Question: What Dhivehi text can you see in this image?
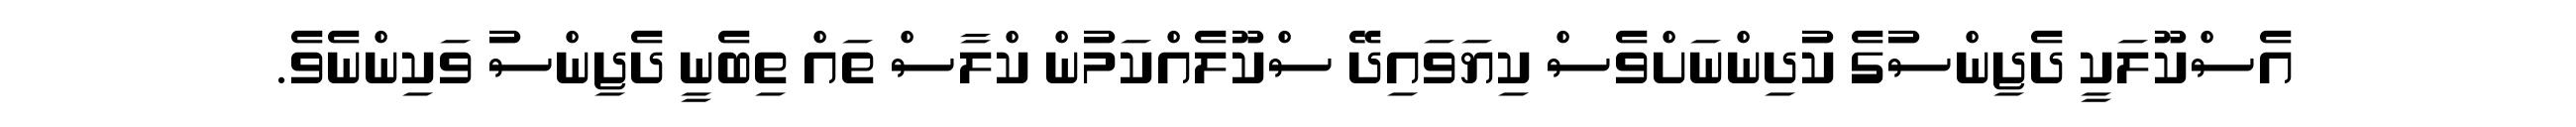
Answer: އެސްކޫލަކީ ދެޖިންސުގެ ކުދިންނަށްވެސް ކިޔަވައިދޭ ސްކޫލެއްކަމުން ކްލާސް ތައް ތިބެނީ ދެޖިންސު ވަކިންނެވެ.